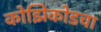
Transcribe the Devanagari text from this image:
कोझिकोडचा